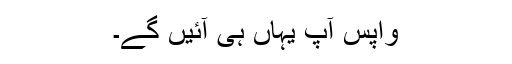
واپس آپ یہاں ہی آئیں گے۔